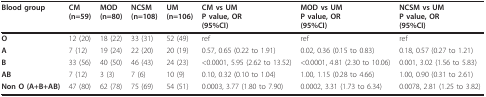
| Blood group | CM(n=59) | MOD(n=80) | NCSM(n=108) | UM(n=106) | CM vs UMP value, OR(95%CI) | MOD vs UMP value, OR(95%CI) | NCSM vs UMP value, OR(95%CI) |
 | --- | --- | --- | --- | --- | --- | --- | --- |
 | O | 12 (20) | 18 (22) | 33 (31) | 52 (49) | ref | ref | ref |
 | A | 7 (12) | 19 (24) | 22 (20) | 20 (19) | 0.57, 0.65 (0.22 to 1.91) | 0.02, 0.36 (0.15 to 0.83) | 0.18, 0.57 (0.27 to 1.21) |
 | B | 33 (56) | 40 (50) | 46 (43) | 24 (23) | <0.0001, 5.95 (2.62 to 13.52) | <0.0001, 4.81 (2.30 to 10.06) | 0.001, 3.02 (1.56 to 5.83) |
 | AB | 7 (12) | 3 (3) | 7 (6) | 10 (9) | 0.10, 0.32 (0.10 to 1.04) | 1.00, 1.15 (0.28 to 4.66) | 1.00, 0.90 (0.31 to 2.61) |
 | Non O (A+B+AB) | 47 (80) | 62 (78) | 75 (69) | 54 (51) | 0.0003, 3.77 (1.80 to 7.90) | 0.0002, 3.31 (1.73 to 6.34) | 0.0078, 2.81 (1.25 to 3.82) |